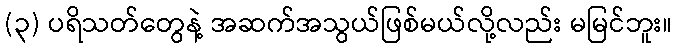
(၃) ပရိသတ်တွေနဲ့ အဆက်အသွယ်ဖြစ်မယ်လို့လည်း မမြင်ဘူး။